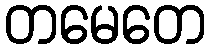
တမေတေ